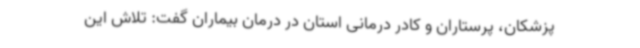
پزشکان، پرستاران و کادر درمانی استان در درمان بیماران گفت: تلاش این